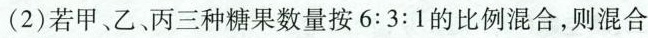
（2）若甲、乙、丙三种糖果数量按6:3:1的比例混合，则混合